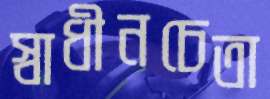
স্বাধীনচেতা